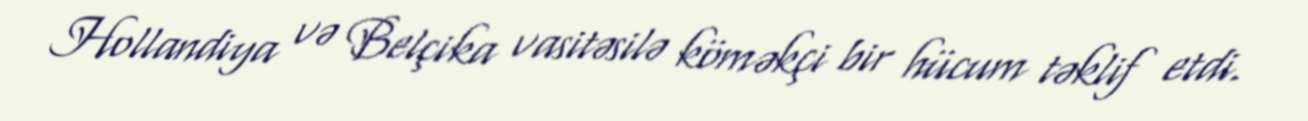
Hollandiya və Belçika vasitəsilə köməkçi bir hücum təklif etdi.